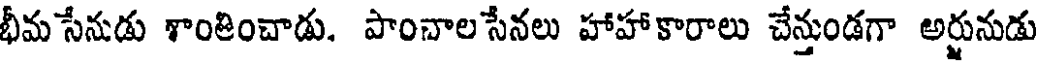
భీమ సేనుడు కాంతించాడు. పాంచాల సేనలు హాహాకారాలు చేన్తుండగా అర్జునుడు